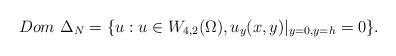
LaTeX: \begin{align*}Dom \ \Delta_N=\{u: u \in W_{4,2}(\Omega), u_y(x, y)\vert_{y=0, y=h}=0 \}.\end{align*}